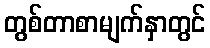
တွစ်တာစာမျက်နှာတွင်